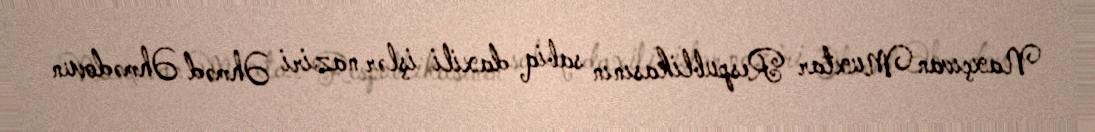
Naxçıvan Muxtar Respublikasının sabiq daxili işlər naziri Əhməd Əhmədovun